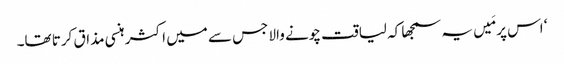
‘ اس پر مَیں یہ سمجھا کہ لیاقت چونے والا جس سے میں اکثر ہنسی مذاق کرتا تھا۔